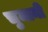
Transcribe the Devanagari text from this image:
चुमानी